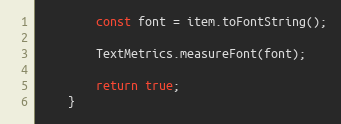
Language: JavaScript
        const font = item.toFontString();

        TextMetrics.measureFont(font);

        return true;
    }